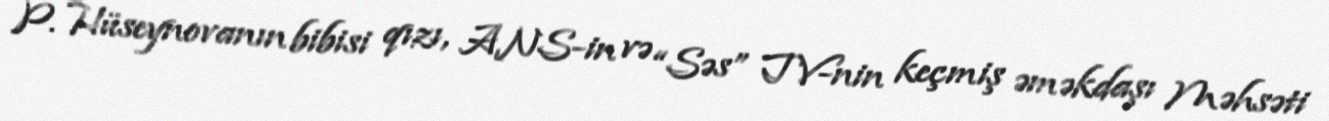
P. Hüseynovanın bibisi qızı, ANS-in və “Səs” TV-nin keçmiş əməkdaşı Məhsəti